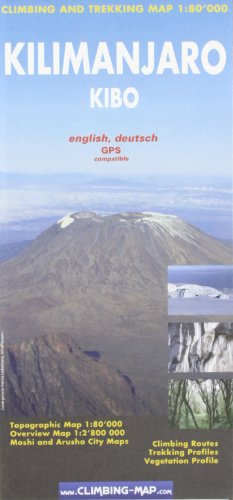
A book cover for Kilimanjaro - Kibo Climbing and Trekking Map: Including Moshi & Arusha City Plans; Sandra Greulich; Sports & Outdoors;